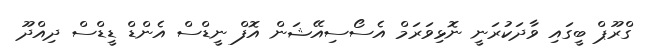
ގްރޫޕް ބީގައި ވާދަކުރަނީ ނޮޅިވަރަމް އެސޯސިއޭޝަން އޮފް ނީޑްސް އެންޑް ޑީޑްސް ދިއްދޫ